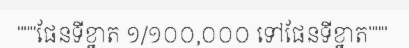
"""ផែនទីខ្នាត ១/១០០,០០០ ទៅផែនទីខ្នាត"""